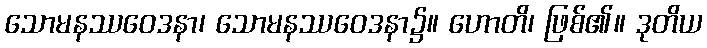
သောမနဿဝေဒနာ၊ သောမနဿဝေဒနာ၌။ ဟောတိ၊ ဖြစ်၏။ ဒုတိယ